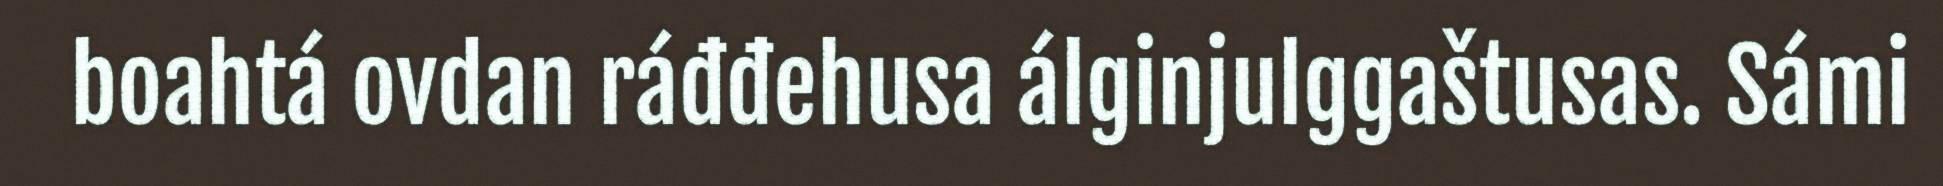
boahtá ovdan ráđđehusa álginjulggaštusas. Sámi